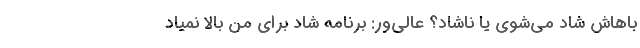
باهاش شاد می‌شوی یا ناشاد؟ عالی‌ور: برنامه شاد برای من بالا نمیاد